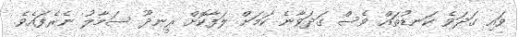
ވައި ގަދަވެ ކަނޑުތައް ވެސް ގަދަވާނެ ކަމަށް ލަފާކޮށް ރީނދޫ ސަމާލު ނެރެފައެވެ.